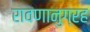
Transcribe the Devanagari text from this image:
रावणानुग्रह